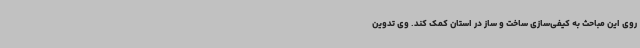
روی این مباحث به کیفی‌سازی ساخت و ساز در استان کمک کند. وی تدوین